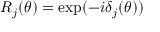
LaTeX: R _ { j } ( \theta ) = \exp ( - i \delta _ { j } ( \theta ) )